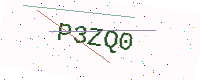
Text: P3ZQ0